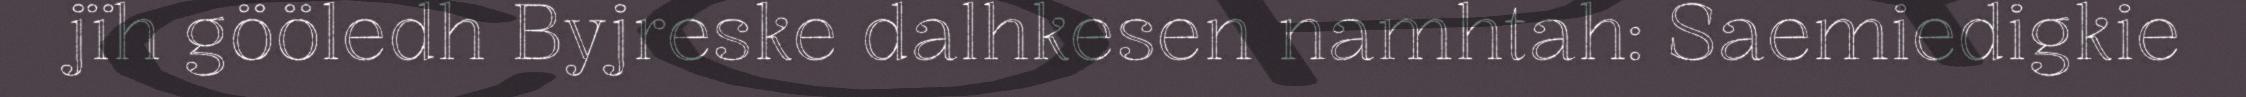
jïh gööledh Byjreske dalhkesen namhtah: Saemiedigkie